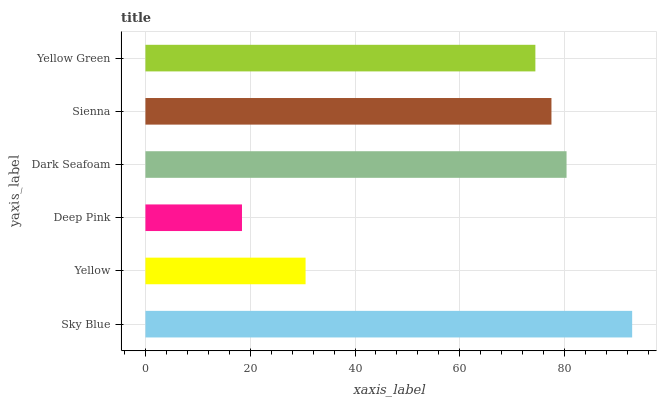
| yaxis_label | bars |
 | --- | --- |
 | Sky Blue | 92.9 |
 | Yellow | 30.6 |
 | Deep Pink | 18.4 |
 | Dark Seafoam | 80.4 |
 | Sienna | 77.5 |
 | Yellow Green | 74.4 |